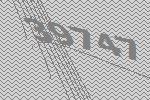
39747